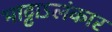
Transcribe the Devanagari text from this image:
भाट्टाऽलंकार